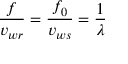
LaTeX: { \frac { f } { v _ { w r } } } = { \frac { f _ { 0 } } { v _ { w s } } } = { \frac { 1 } { \lambda } }